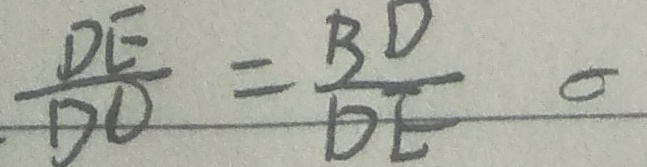
\frac { D E } { D O } = \frac { B D } { D E }